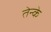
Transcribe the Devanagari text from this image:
तेन्के